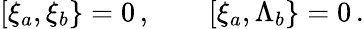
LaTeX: \lbrack\xi_{a},\xi_{b}\} =0\, ,\quad\quad\lbrack\xi_{a},\Lambda_{b}\} =0\, .